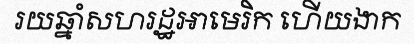
រយឆ្នាំសហរដ្ឋអាមេរិក ហើយងាក